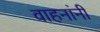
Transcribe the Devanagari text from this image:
वाहनांनी